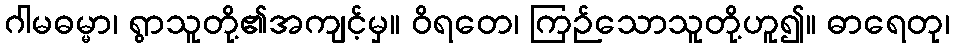
ဂါမဓမ္မာ၊ ရွာသူတို့၏အကျင့်မှ။ ဝိရတေ၊ ကြဉ်သောသူတို့ဟူ၍။ ဓာရေတု၊